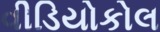
વીડિયોકોલ